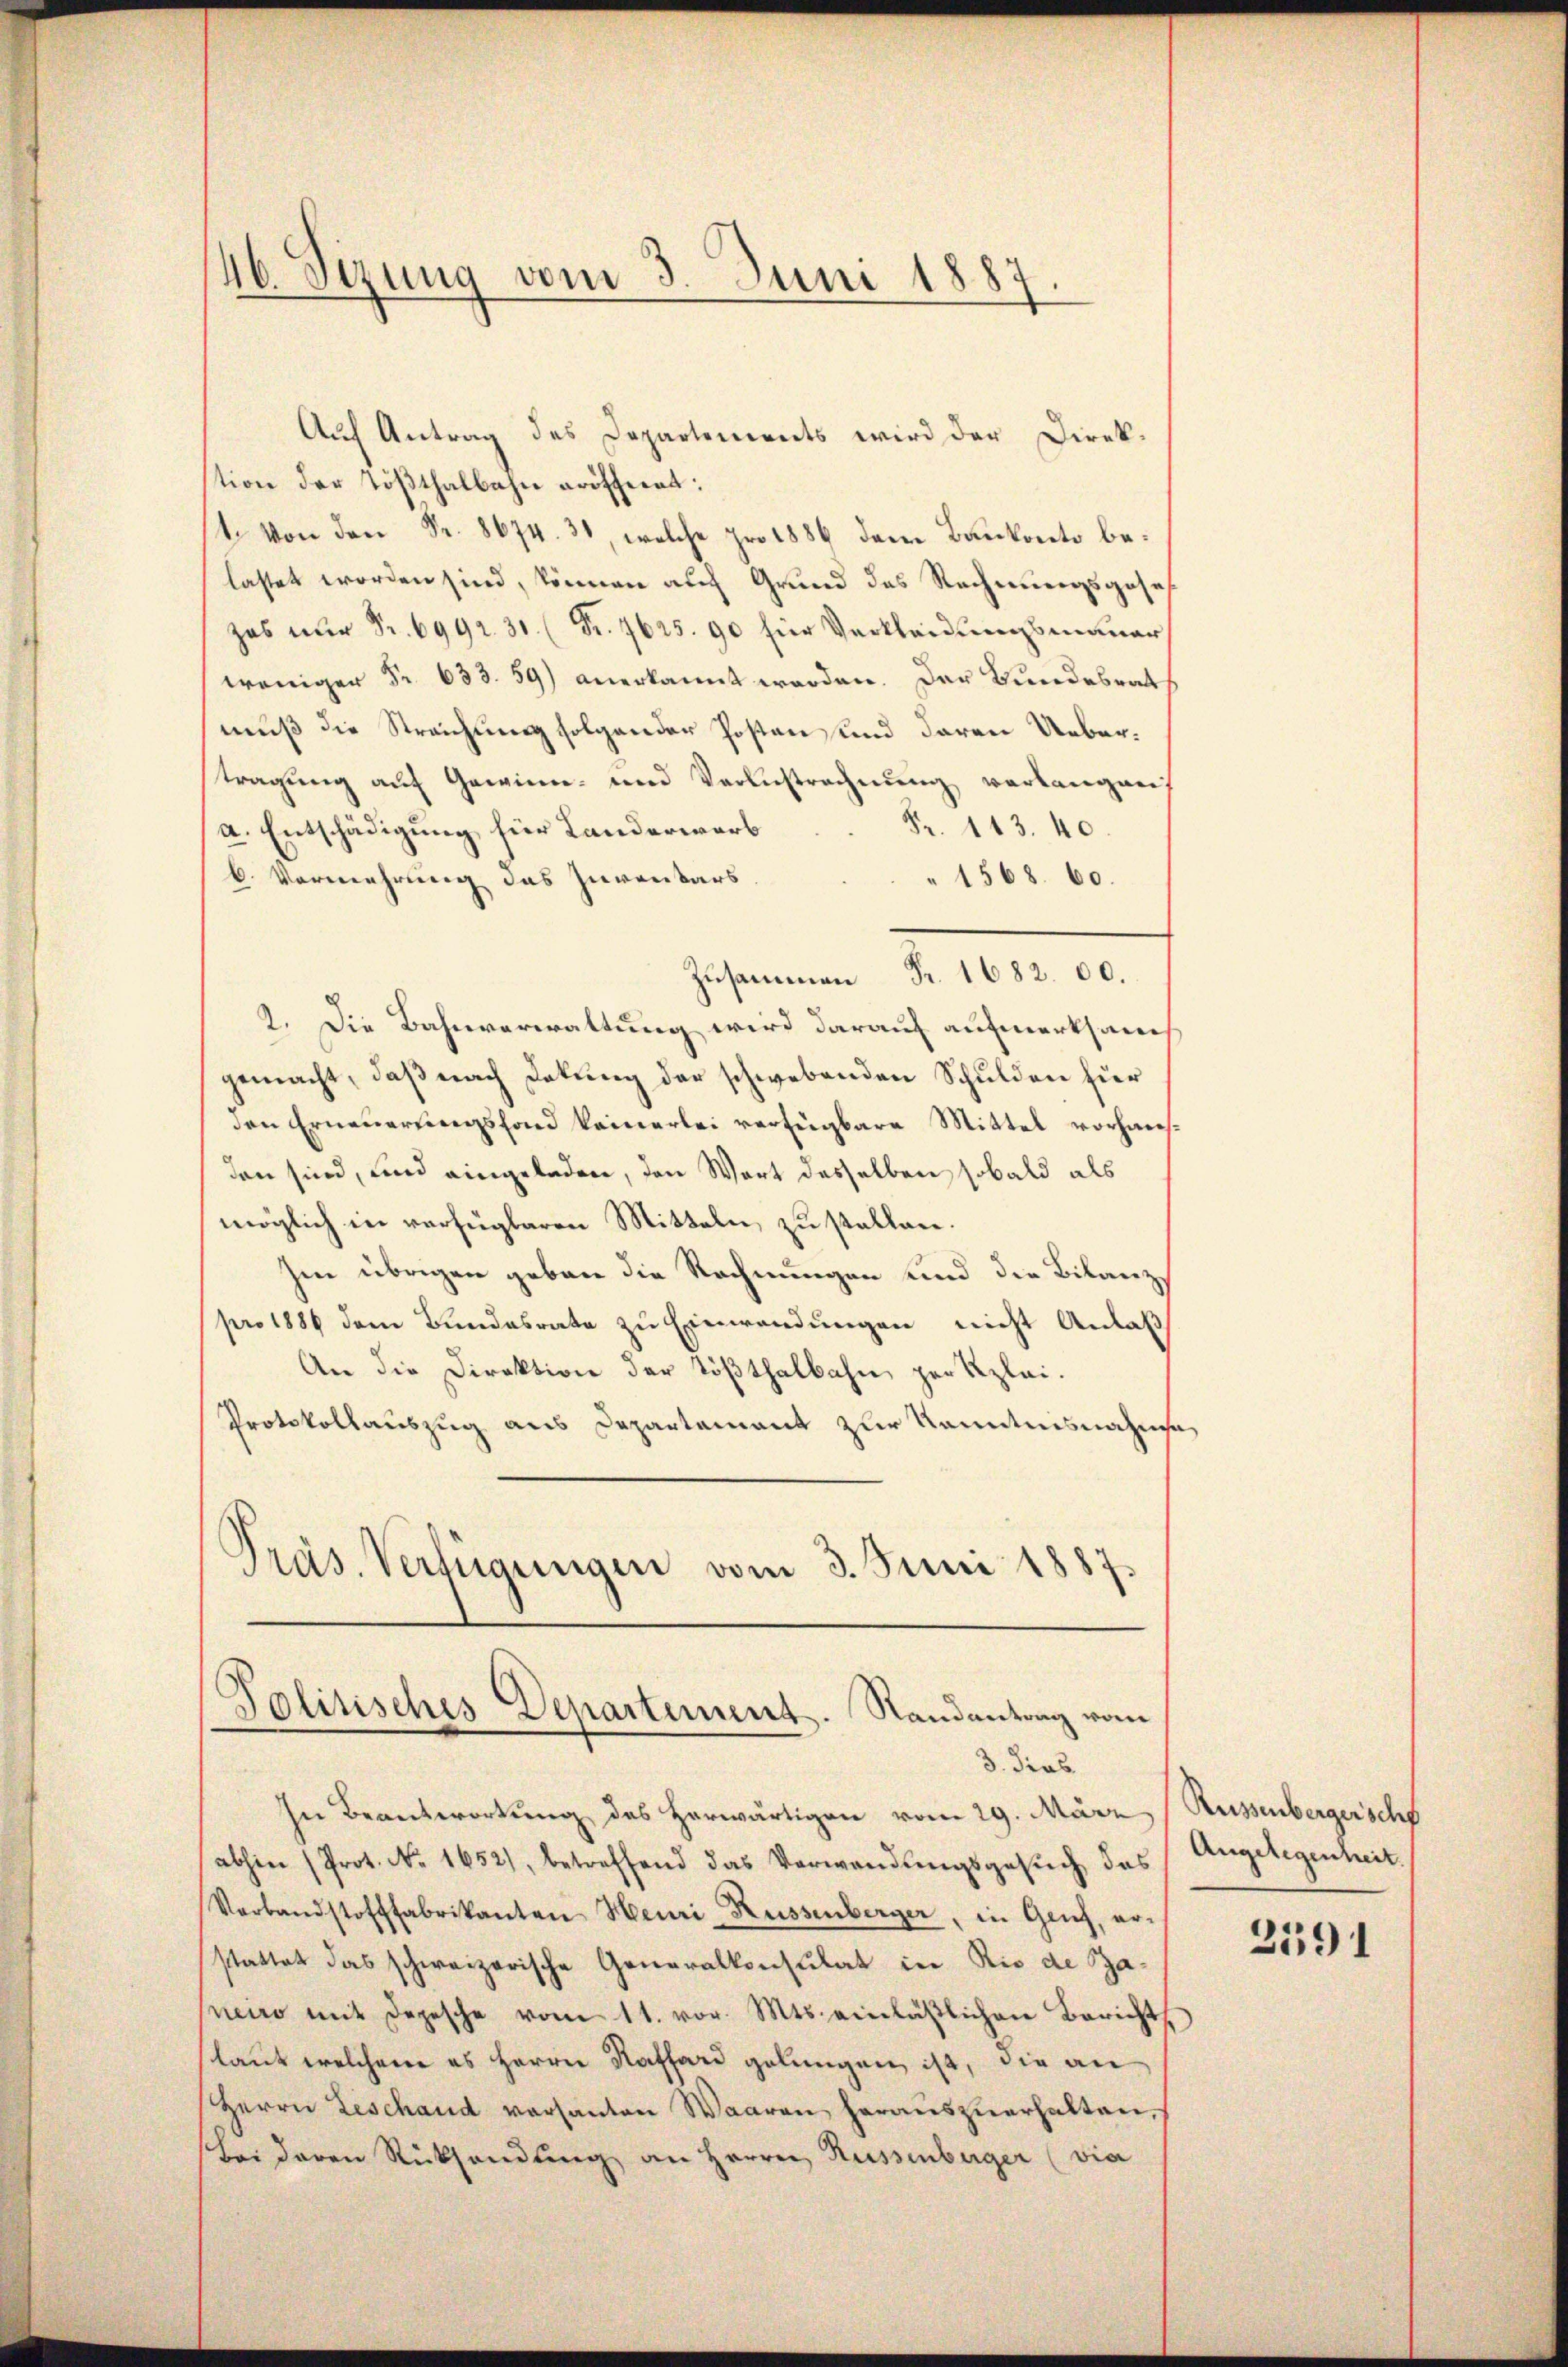
Auf Antrag des Departements wird der Direk-
tion der Tößthalbahn eröffnet:
1. Von den Fr. 8674. 31, welche pro 1886 dem Bankonto belastet worden sind, können auf Grund des Rechnungsgeseh
zas nur Fr. 6992. 31. (Fr. 7625. 90 für Verkleidungsmauer
weniger Fr. 633. 59) anerkannt werden. Der Bundesrath
muß die Streichung folgender Posten, und daran Uebertragung auf Gewinn- und Verlustrechnung verlangen
Fr. 113. 40.
a. Entschädigung für Landerwarb
 1568. 60.
b. Vermehrung das Inventars,
Zusammen Fr. 1682. 00.
2. Die Bahnverwaltung wird darauf aufmerksam
gemacht, daß nach Dekung der schwebenden Schulden für
den Erneuerungsfond keinerlei verfügbare Mittel vorhansden sind, und eingeladen, den Wort desselben sobald als
möglich in verfügbaren Mitteln zu stellen.
Im übrigen geben die Rechnungen und die Bilanz
pro 1886 dem Bundesrate zu Einwendungen nicht Anlaß
An die Direktion der Tößthalbahn per Klei¬
Protokollauszug aus Departement zur Kenntnisnahmha
Präs. Verfügungen vom 3. Juni 1887.

46. Sizung vom 3. Juni 1887.

Politisches Departement. Randantrag vom
3. Sieb

In Beantwortung des herwärtigen vom 29. März (Rüssenbergersch
abhin (Prot. No. 1652), betreffend das Verwendŭngsgesŭch das Angelegenheit.
Verbandstofffabrikanten Heuri Rüssenberger, in Geich, erstattet das schweizerische Generalkonsulat in Rio de Paneiro mit Depesche vom 11. vor. Mts. einläβlichen Berichts
laut welchem es Herrn Kaffend gelungen, ist, die an
Herrn Beschand versanten Waaren herauszuerhalten,
bei deren Rücksendung an Herrn Rüssenberger (vie

2591